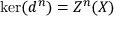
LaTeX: \ker ( d ^ { n } ) = Z ^ { n } ( X )